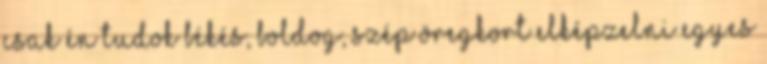
csak én tudok békés, boldog, szép öregkort elképzelni egyes